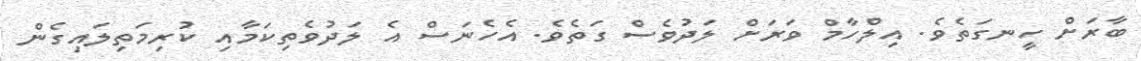
ބާރަށް ހީނގަތެވެ. އިލްހާމް ވަރަށް ލަދުވެސް ގަތެވެ. އެހެނަސް އެ ލަދުވެތިކަމާއި ކުރިމަތިލައިގެން